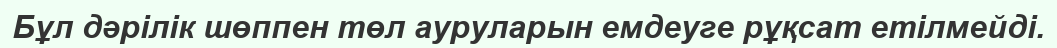
Бұл дәрілік шөппен төл ауруларын емдеуге рұқсат етілмейді.